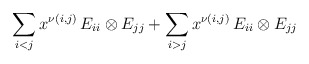
\begin{align*}\sum_{i<j}x^{\nu(i,j)}\,E_{ii}\otimes E_{jj} +\sum_{i>j} x^{\nu(i,j)}\, E_{ii}\otimes E_{jj}\end{align*}